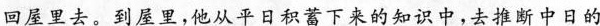
回屋里去。到屋里，他从平日积蓄下来的知识中，去推断中日的